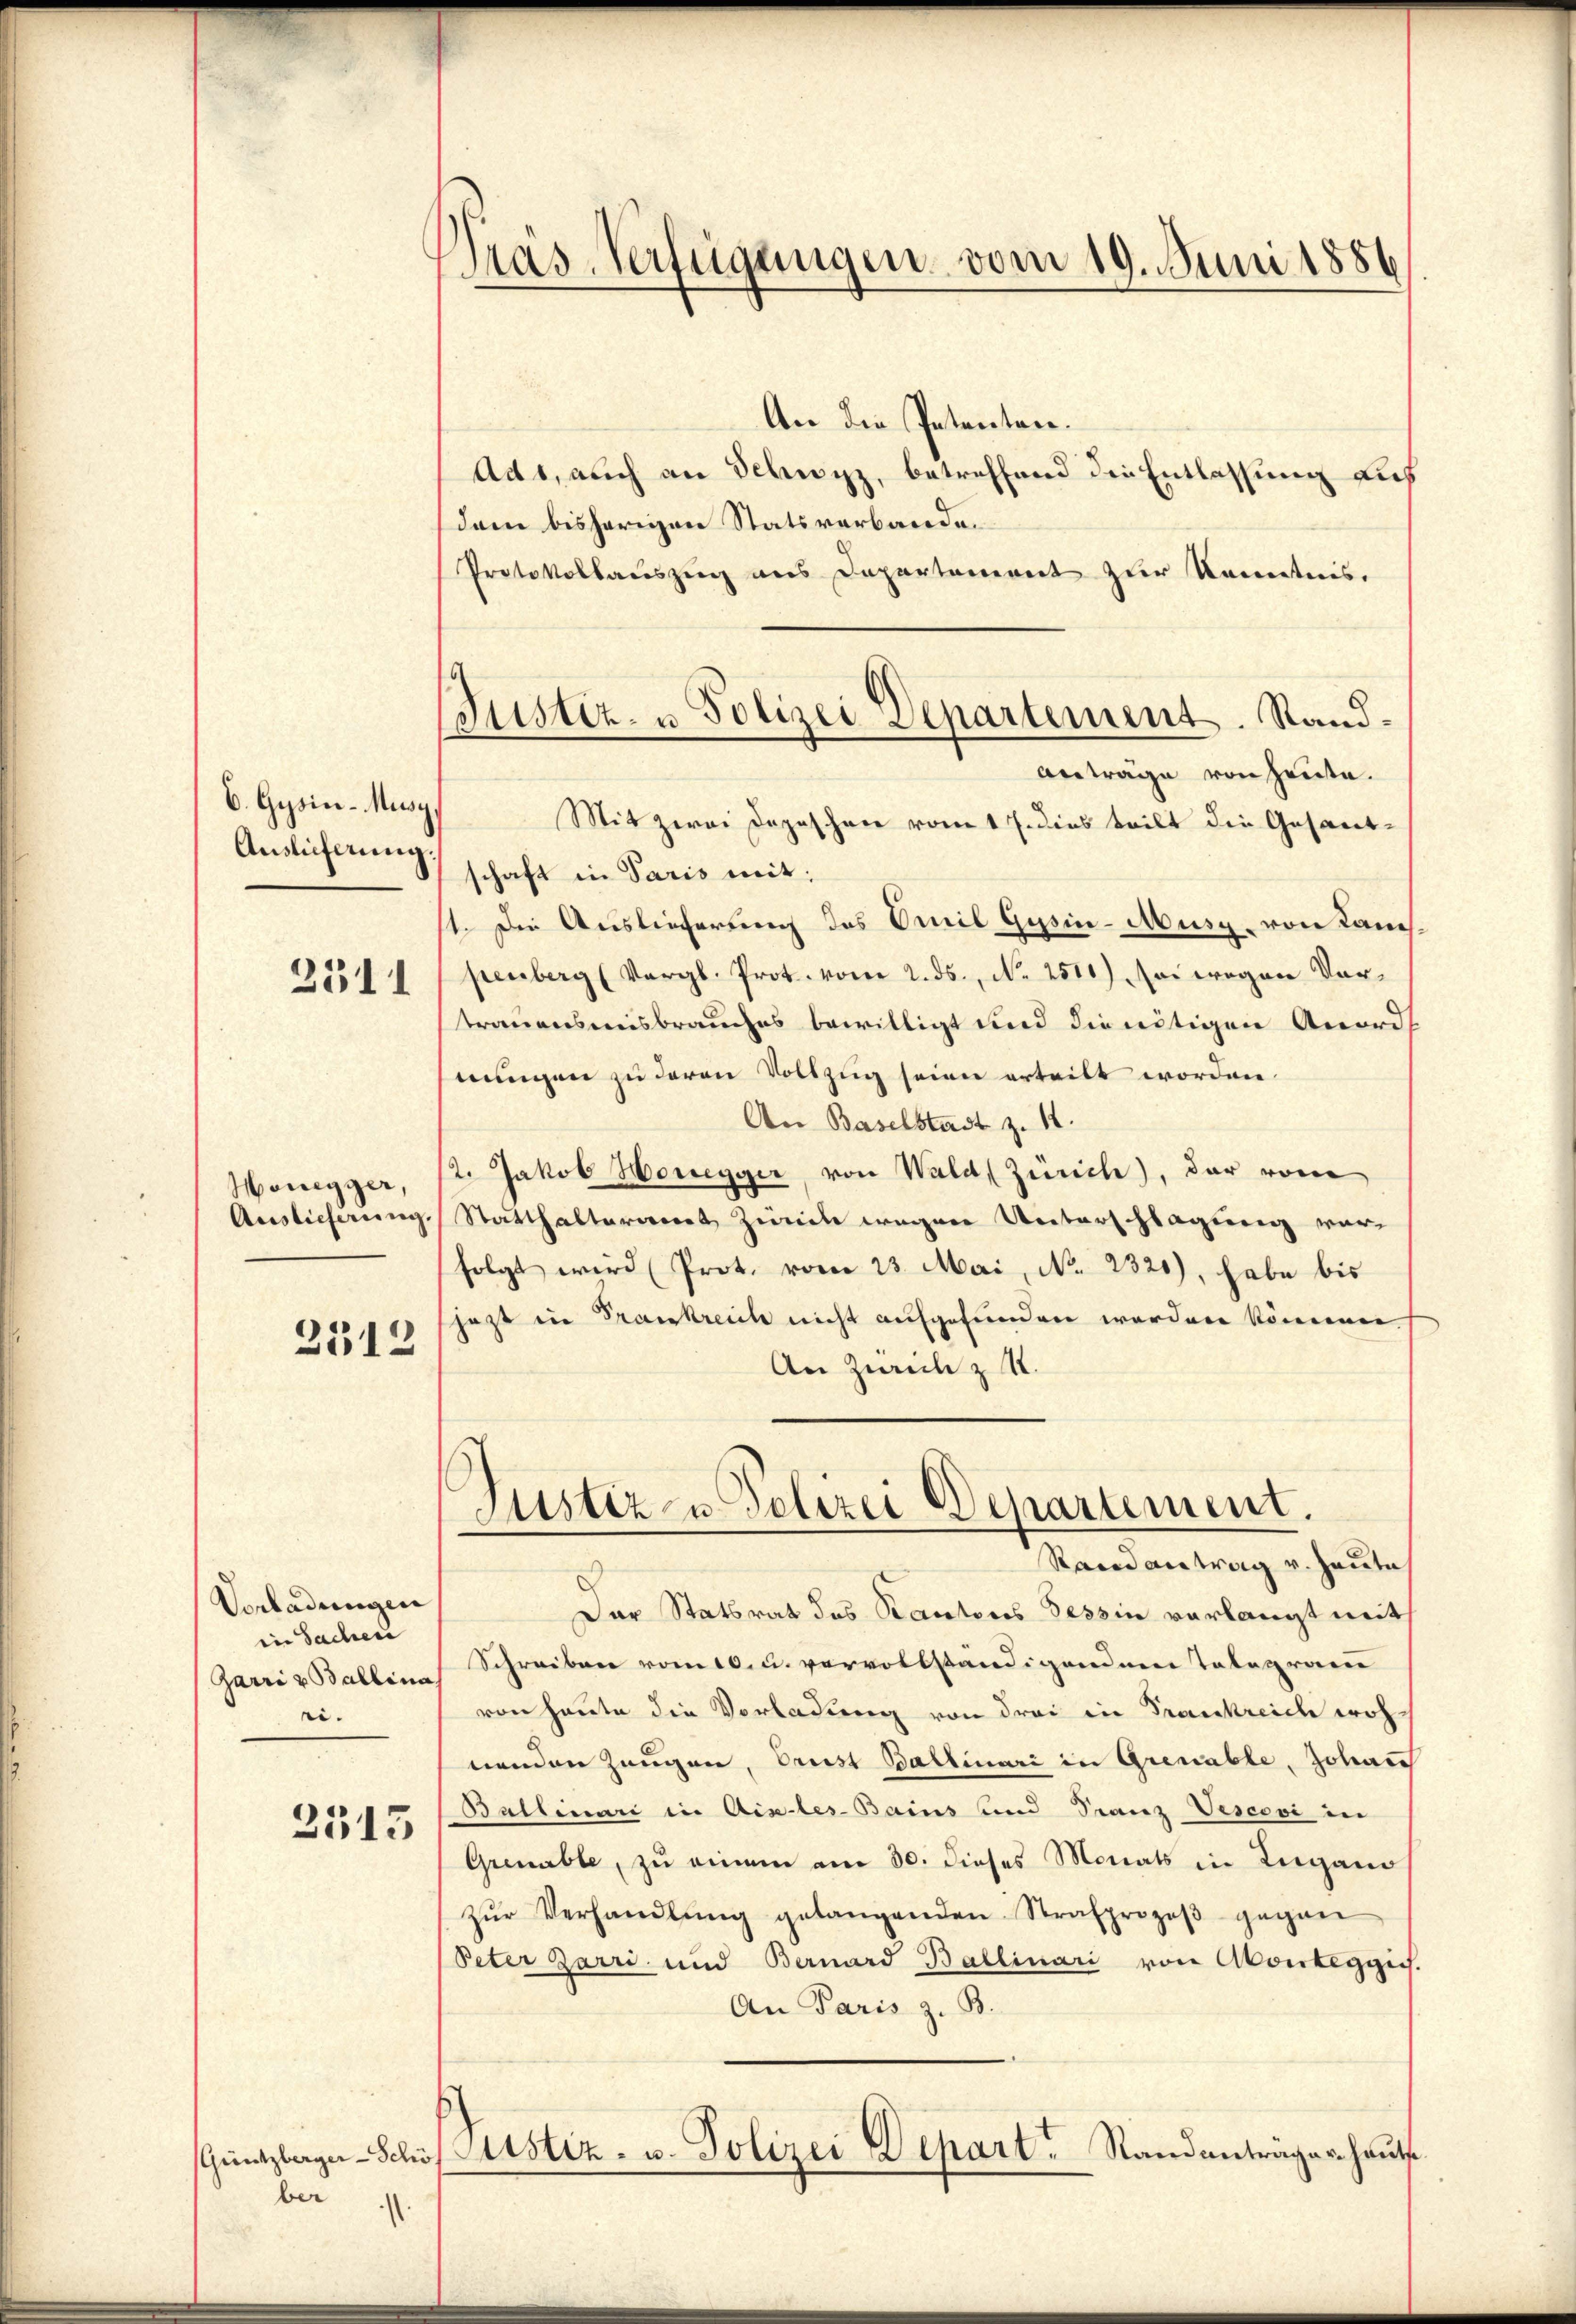
b. Gysin-Musy
Auslieferung.
2311

Honegger,
Auslieferung.

2512

Vorladungen
in Sachen
Garri u Ballina
ei.

2513

ber

Pras-Verfügungen vom 19. Juni 1886

Justiz- u Polizei Departement. Sand¬
Anträge von heute.

An die Petenten.
Ad1, auch an Schwyz, betreffend die Entlassung auf
dem bisherigen Statsverbande
Protokollauszug aus Departement zur Kenntnis.
Mit zwei Depeschen vom 17. dies teilt die Gesandschaft in Paris mit:
11. Die Auslieferung des Omil Gysin-Ausg. von Kan
penberg (Vergl. Prot. vom 2. ds., N. 2510) so wegen Vortrauensmisbrauches bewilligt und die nötigen Anords
nungen zu davon Vollzug seien erteilt worden.
An Baselstadt z. 12.
12. Jakob Honegger, von Wald (Zürich), der von
Statthalteriert Zürich wegen Unterschlagung vorfolgt wird (Prot. vom 23. Mai, No 2320), habe bis
jezt in Frankreich nicht aufgefunden worden können
An Zürich zu.
Justiz- u Polizei Departement.
Rand antrag v. Heute
Der Statsrat des Kantons Tessin verlangt mit
Schreiben vom 10. u. vervollständigendem Telegram
von heute die Vorladung von drei in Frankreich wohnenden Zeugen, Brust Ballinari in Grenable, Johann
Ballinari in Aix-les-Bains und Franz Vescovi in
Grenable, zu einem am 30. dieses Monats in Lugano
zŭr Verhandlŭng gelangenden Strafprozeβ gegen
Peter Zarri und Bernard Ballinari von Abonteggis.
An Paris z. B.
Gŭntzlage-Schön Astiz- u. Polizei Depart. Standanträger heute